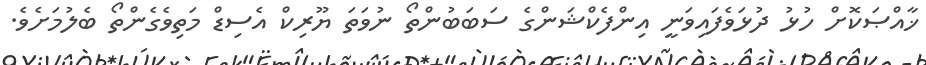
ޚާއްޞަކޮށް ހުޅު ދުޅަވެފައިވަނީ އިންފެކްޝަންގެ ސަބަބުންތޯ ނުވަތަ ޔޫރިކް އެސިޑް މަތިވެގެންތޯ ބެލުމަށެވެ.